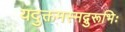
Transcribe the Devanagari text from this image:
यदुक्तमस्मद्गुरूभिः